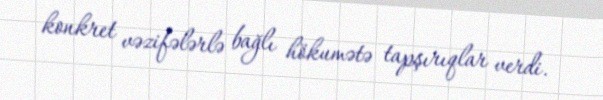
konkret vəzifələrlə bağlı hökumətə tapşırıqlar verdi.